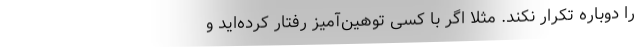
را دوباره تکرار نکند. مثلاً اگر با کسی توهین‌آمیز رفتار کرده‌اید و